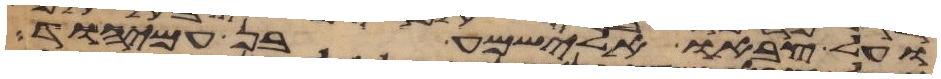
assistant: ועל צבאו אלישמע בן עמיהוד